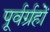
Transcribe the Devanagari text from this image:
पूर्वर्ग्रहों